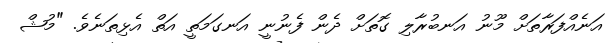
އަނެއްފަރާތަށް މޫނު އަނބުރާލި ގޮތަށް ދެން ފެނުނީ އަނގަމަތީ އަތް އެޅިތަނެވެ. "މުޝް